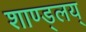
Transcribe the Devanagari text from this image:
शाण्ड्लय्